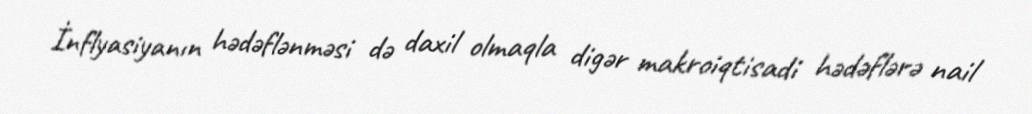
İnflyasiyanın hədəflənməsi də daxil olmaqla digər makroiqtisadi hədəflərə nail